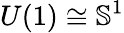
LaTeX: U(1)\cong{\mathbb S}^{1}